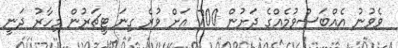
ވެވުނު އެއްބަސްވުމެއްގެ ދަށުން 700 އަށް ވުރެ ގިނަ ޓީޗަރުން މިހާރު ދަނީ